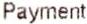
PAYMENT